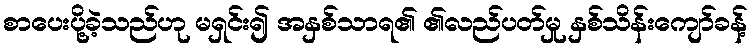
စာပေးပို့ခဲ့သည်ဟု မရှင်း၍ အနှစ်သာရ၏ ၏လည်ပတ်မှု နှစ်သိန်းကျော်ခန့်